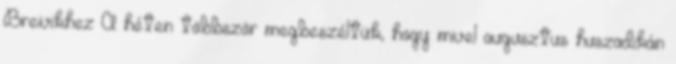
Breivikhez A héten többször megbeszéltük, hogy mivel augusztus huszadikán